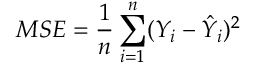
M S E = \frac { 1 } { n } \sum _ { i = 1 } ^ { n } ( Y _ { i } - \hat { Y } _ { i } ) ^ { 2 }